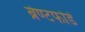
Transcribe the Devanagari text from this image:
ब्रेण्टफोर्ड